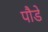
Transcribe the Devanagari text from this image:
पौडे